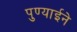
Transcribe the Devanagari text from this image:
पुण्याईने